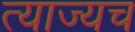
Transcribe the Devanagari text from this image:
त्याज्यच